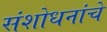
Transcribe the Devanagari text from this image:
संशोधनांचे